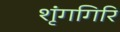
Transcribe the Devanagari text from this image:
शृंगगिरि